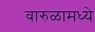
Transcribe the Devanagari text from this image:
वारुळामध्ये